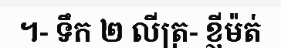
។- ទឹក ២ លីត្រ- ខ្ញីម៉ត់